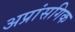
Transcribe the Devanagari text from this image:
अप्रांसगिक